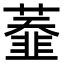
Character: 𦼩